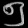
Digit: ၅